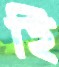
হি